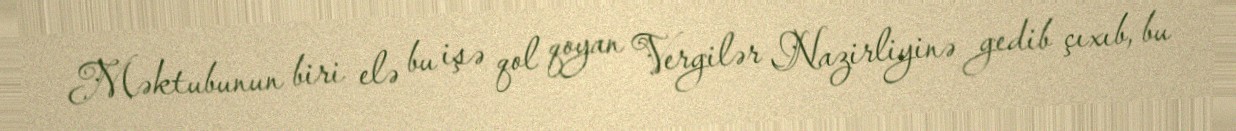
Məktubunun biri elə bu işə qol qoyan Vergilər Nazirliyinə gedib çıxıb, bu